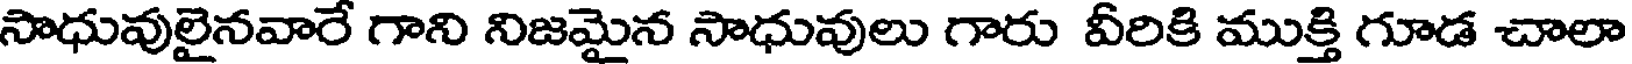
సాధువులైనవారే గాని నిజమైన సాధువులు గారు వీరికి ముక్తి గూడ చాలా